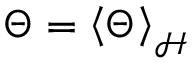
\Theta = \left< \Theta \right> _ { \mathcal { H } }